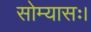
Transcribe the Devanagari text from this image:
सोम्यासः।